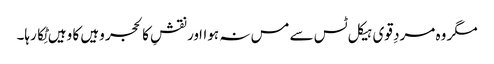
مگر وہ مردِ قوی ہیکل ٹس سے مس نہ ہوااور نقشِ کالحجر وہیں کا وہیں ٹِکا رہا۔